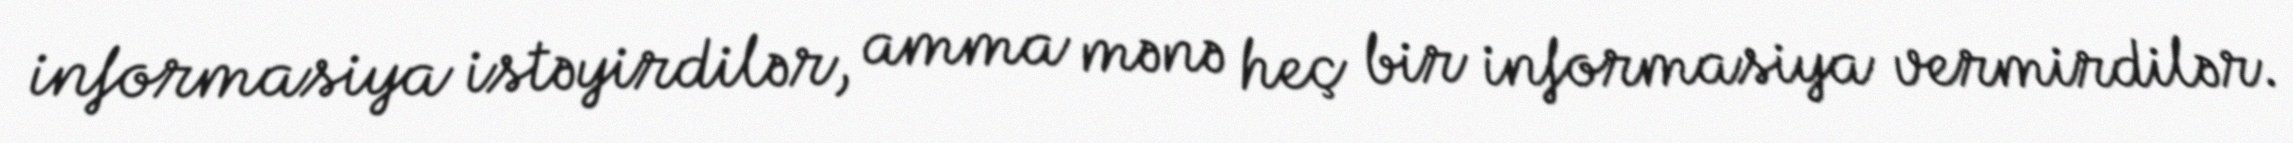
informasiya istəyirdilər, amma mənə heç bir informasiya vermirdilər.